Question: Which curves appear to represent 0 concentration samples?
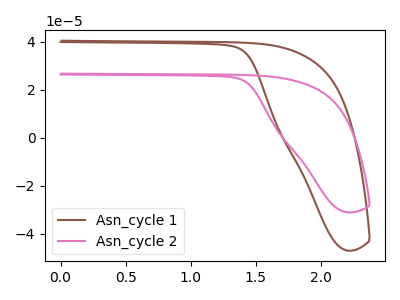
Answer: <think>The brown curve "Asn_cycle 1" has no peaks. The pink curve "Asn_cycle 2" has no peaks.</think>
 <answer>"Asn_cycle 1" and "Asn_cycle 2" are likely to be blanks.</answer>
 <eval>"Asn_cycle 1", "Asn_cycle 2"</eval>